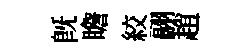
旣瞻絞翮趙